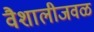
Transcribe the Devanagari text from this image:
वैशालीजवळ